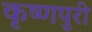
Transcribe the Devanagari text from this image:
कृष्णपुरी